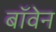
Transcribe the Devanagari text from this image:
बॉवेन